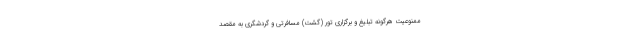
ممنوعیت هرگونه تبلیغ و برگزاری تور (گشت) مسافرتی و گردشگری به مقصد